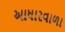
આધારવાળા